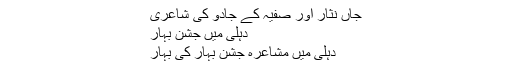
جاں نثار اور صفیہ کے جادو کی شاعری
دہلی میں جشنِ بہار
دہلی میں مشاعرہ جشن بہار کی بہار